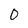
Character: 0